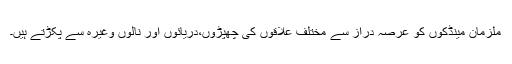
ملزمان مینڈکوں کو عرصہ دراز سے مختلف علاقوں کی چھپڑوں،دریائوں اور نالوں وغیرہ سے پکڑتے ہیں۔